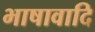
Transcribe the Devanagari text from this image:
भाषावादि